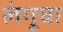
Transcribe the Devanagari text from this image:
लंगूचा